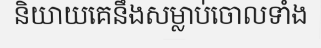
និយាយគេនឹងសម្លាប់ចោលទាំង